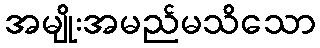
အမျိုးအမည်မသိသော